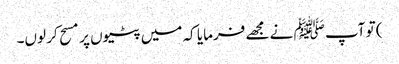
) تو آپ ﷺ نے مجھے فرمایا کہ میں پٹیوں پر مسح کر لوں۔